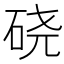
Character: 硗